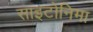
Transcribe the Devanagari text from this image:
साइटोनिमा